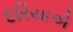
દરિયાએ